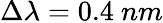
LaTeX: \Delta\lambda=0.4~nm